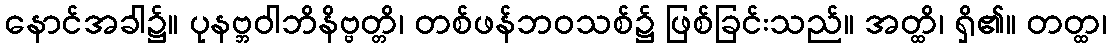
နောင်အခါ၌။ ပုနဗ္ဘဝါဘိနိဗ္ဗတ္တိ၊ တစ်ဖန်ဘဝသစ်၌ ဖြစ်ခြင်းသည်။ အတ္ထိ၊ ရှိ၏။ တတ္ထ၊